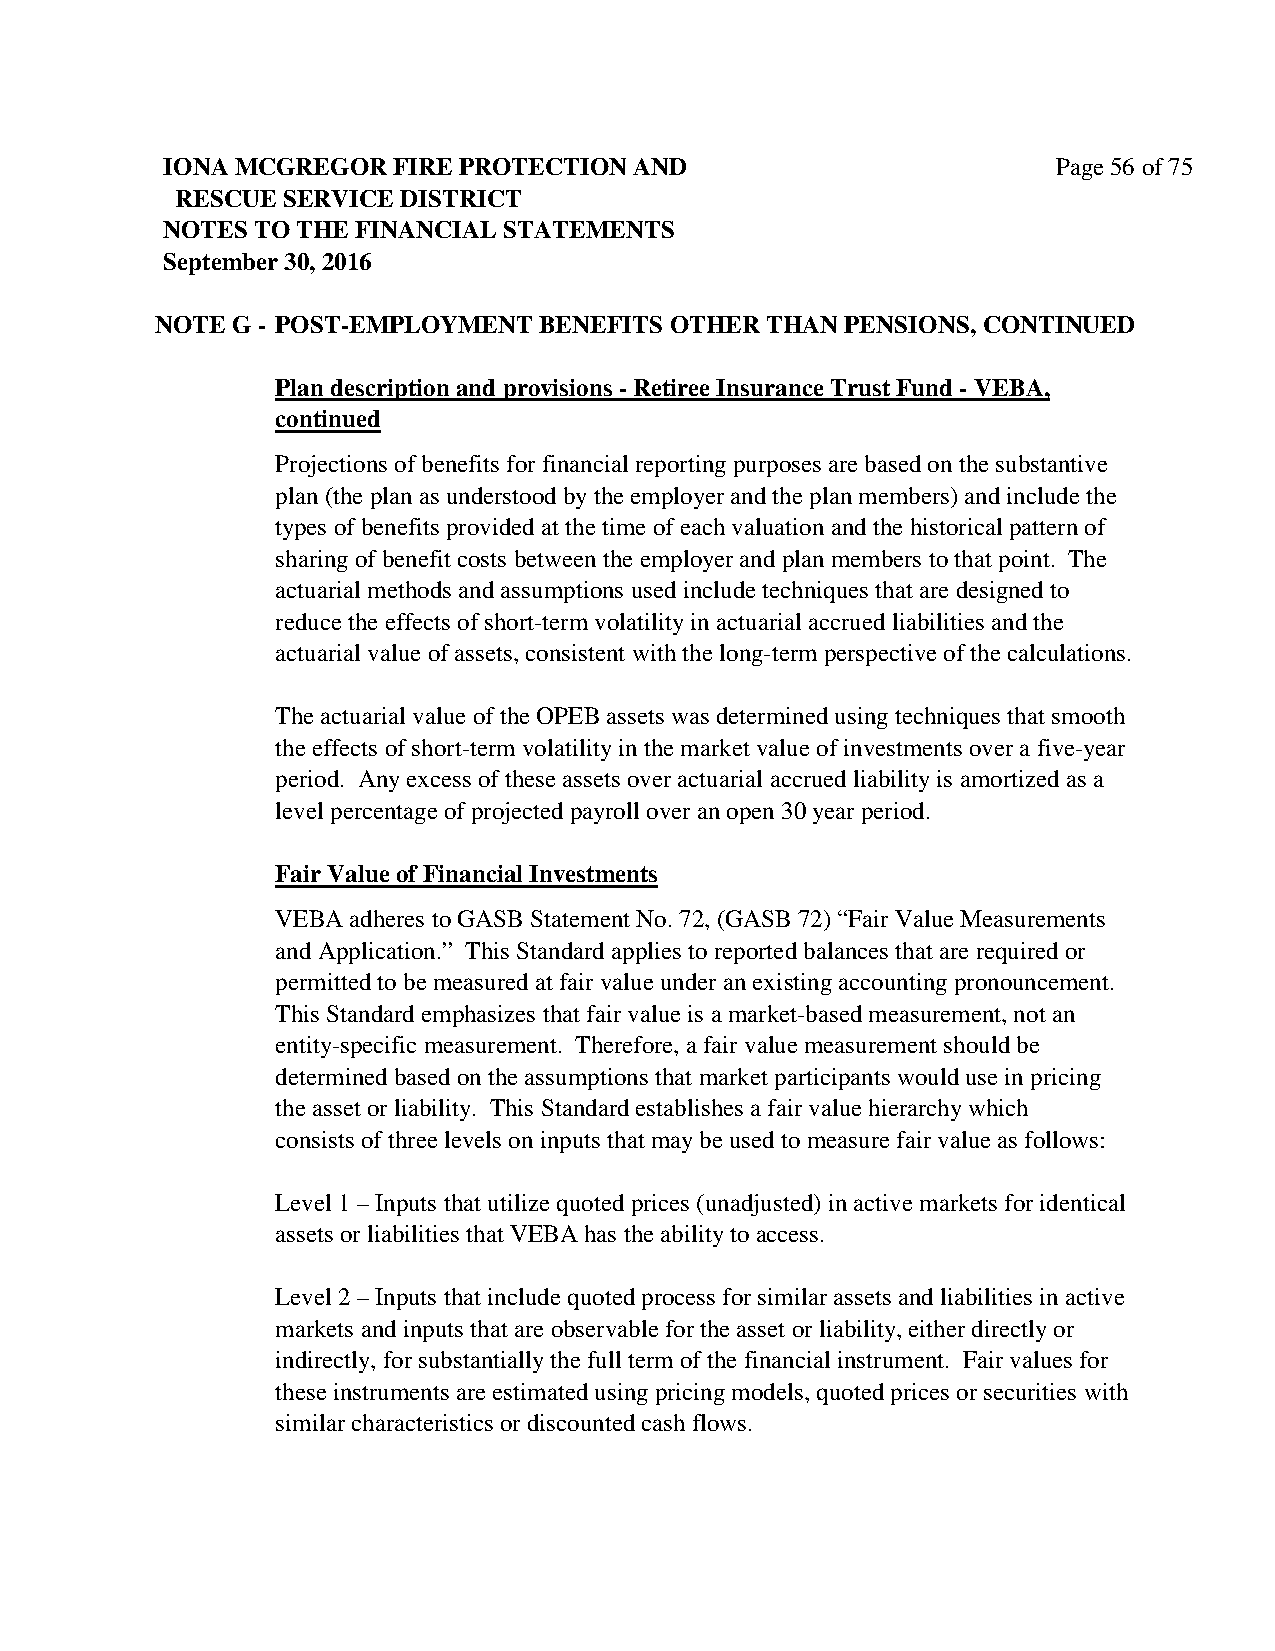
IONA MCGREGOR  FIRE PROTECTION AND                         Page 56 of 75
 RESCUE SERVICE DISTRICT
 NOTES TO THE FINANCIAL STATEMENTS
 September 30, 2016
 NOTE G - POST-EMPLOYMENT  BENEFITS OTHER THAN PENSIONS, CONTINUED
 Plan description and provisions - Retiree Insurance Trust Fund - VEBA,
 continued
 Projections of benefits for financial reporting purposes are based on the substantive
 plan (the plan as understood by the employer and the plan members) and include the
 types of benefits provided at the time of each valuation and the historical pattern of
 sharing of benefit costs between the employer and plan members to that point. The
 actuarial methods and assumptions used include techniques that are designed to
 reduce the effects of short-term volatility in actuarial accrued liabilities and the
 actuarial value of assets, consistent with the long-term perspective of the calculations.
 The actuarial value of the OPEB assets was determined using techniques that smooth
 the effects of short-term volatility in the market value of investments over a five-year
 period. Any excess of these assets over actuarial accrued liability is amortized as a
 level percentage of projected payroll over an open 30 year period.
 Fair Value of Financial Investments
 VEBA adheres to GASB Statement No. 72, (GASB 72) “Fair Value Measurements
 and Application.” This Standard applies to reported balances that are required or
 permitted to be measured at fair value under an existing accounting pronouncement.
 This Standard emphasizes that fair value is a market-based measurement, not an
 entity-specific measurement. Therefore, a fair value measurement should be
 determined based on the assumptions that market participants would use in pricing
 the asset or liability. This Standard establishes a fair value hierarchy which
 consists of three levels on inputs that may be used to measure fair value as follows:
 Level 1 – Inputs that utilize quoted prices (unadjusted) in active markets for identical
 assets or liabilities that VEBA has the ability to access.
 Level 2 – Inputs that include quoted process for similar assets and liabilities in active
 markets and inputs that are observable for the asset or liability, either directly or
 indirectly, for substantially the full term of the financial instrument. Fair values for
 these instruments are estimated using pricing models, quoted prices or securities with
 similar characteristics or discounted cash flows.